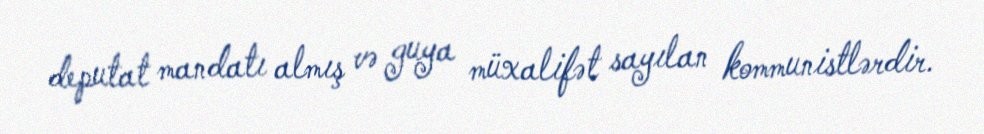
deputat mandatı almış və guya müxalifət sayılan kommunistlərdir.